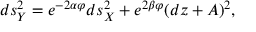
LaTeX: d s _ { Y } ^ { 2 } = e ^ { - 2 \alpha \varphi } d s _ { X } ^ { 2 } + e ^ { 2 \beta \varphi } ( d z + A ) ^ { 2 } ,